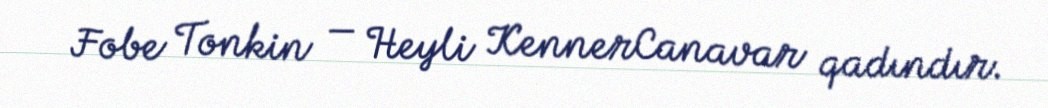
Fobe Tonkin — Heyli KennerCanavar qadındır.